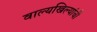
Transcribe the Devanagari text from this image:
वाल्यखिल्यांची